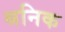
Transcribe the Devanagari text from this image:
श्रनिक